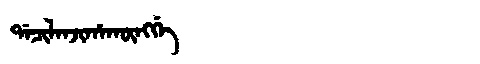
Manchu: ᡩᠠᠴᡳᠯᠠᠨᠵᡳᡥᠠᡴᡡᠩᡤᡝ
Romanization: DACILANJIHAKŪNGGE